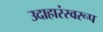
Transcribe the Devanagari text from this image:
उदाहारंस्वरूप